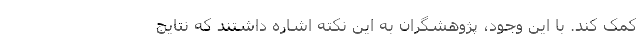
کمک کند. با این وجود، پژوهشگران به این نکته اشاره داشتند که نتایج